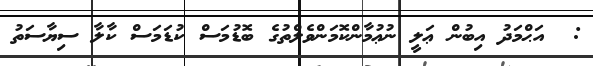
:  އަޙްމަދު އިބުން ޢަލީ ނުޢުމާންކޮމަންވެލްތުގެ ބޮޑުމަސް ކުޑަމަސް ކާލާ ސިޔާސަތު